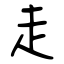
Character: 走